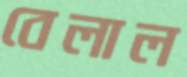
বেলাল